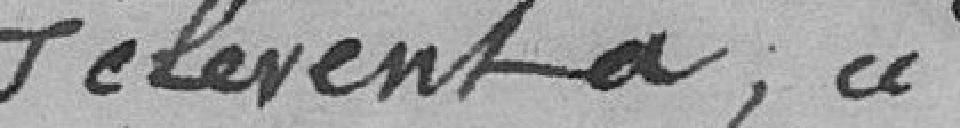
s'élèvent à, ci